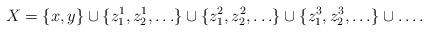
LaTeX: \begin{align*}X=\{x,y\}\cup\{z^1_1,z^1_2,\ldots\}\cup\{z^2_1,z^2_2,\ldots\}\cup\{z^3_1,z^3_2,\ldots\}\cup\ldots.\end{align*}